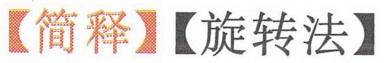
【简释】【旋转法】